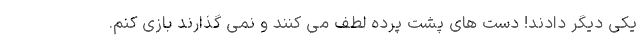
یکی دیگر دادند! دست های پشت پرده لطف می کنند و نمی گذارند بازی کنم.